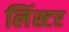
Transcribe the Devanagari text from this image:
लिंस्टर